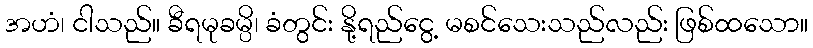
အဟံ၊ ငါသည်။ ခီရမုခမ္ပိ၊ ခံတွင်း နို့ရည်ငွေ့ မစင်သေးသည်လည်း ဖြစ်ထသော။